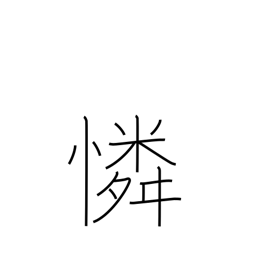
Meaning: compassion